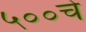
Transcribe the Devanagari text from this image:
५००चे